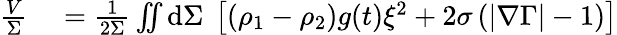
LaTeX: \begin{array}{rl}{\frac{V}{\Sigma}}&{{}=\frac{1}{2\Sigma}\iint\mathrm{d}\Sigma~\left[\left(\rho_{1}-\rho_{2}\right)g(t)\xi^{2}+2\sigma\left(|\nabla\Gamma|-1\right)\right]}\end{array}